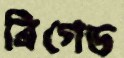
ব্রিগেড